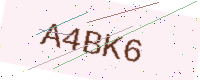
Text: A4BK6